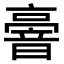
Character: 𠆒